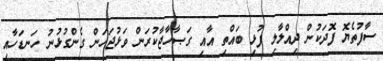
ސާފުތެޔޮ ފޮދަކުން ދިއްލާލި ފުޅި ބައްތި އާއި ގަޞާހާޖާކުރަން ވަޅުޖަހަން ގެންގުޅުނު ހަނޑަހާއި